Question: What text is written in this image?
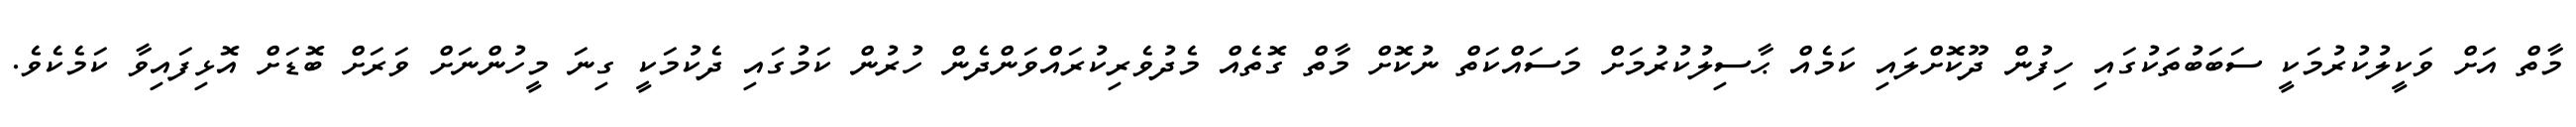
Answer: މާތް އަށް ވަކީލުކުރުމަކީ ސަބަބުތަކުގައި ހިފުން ދޫކޮށްލައި ކަމެއް ޙާސިލުކުރުމަށް މަސައްކަތް ނުކޮށް މާތް ގޮތެއް މެދުވެރިކުރައްވަންދެން ހުރުން ކަމުގައި ދެކުމަކީ ގިނަ މީހުންނަށް ވަރަށް ބޮޑަށް އޮޅިފައިވާ ކަމެކެވެ.